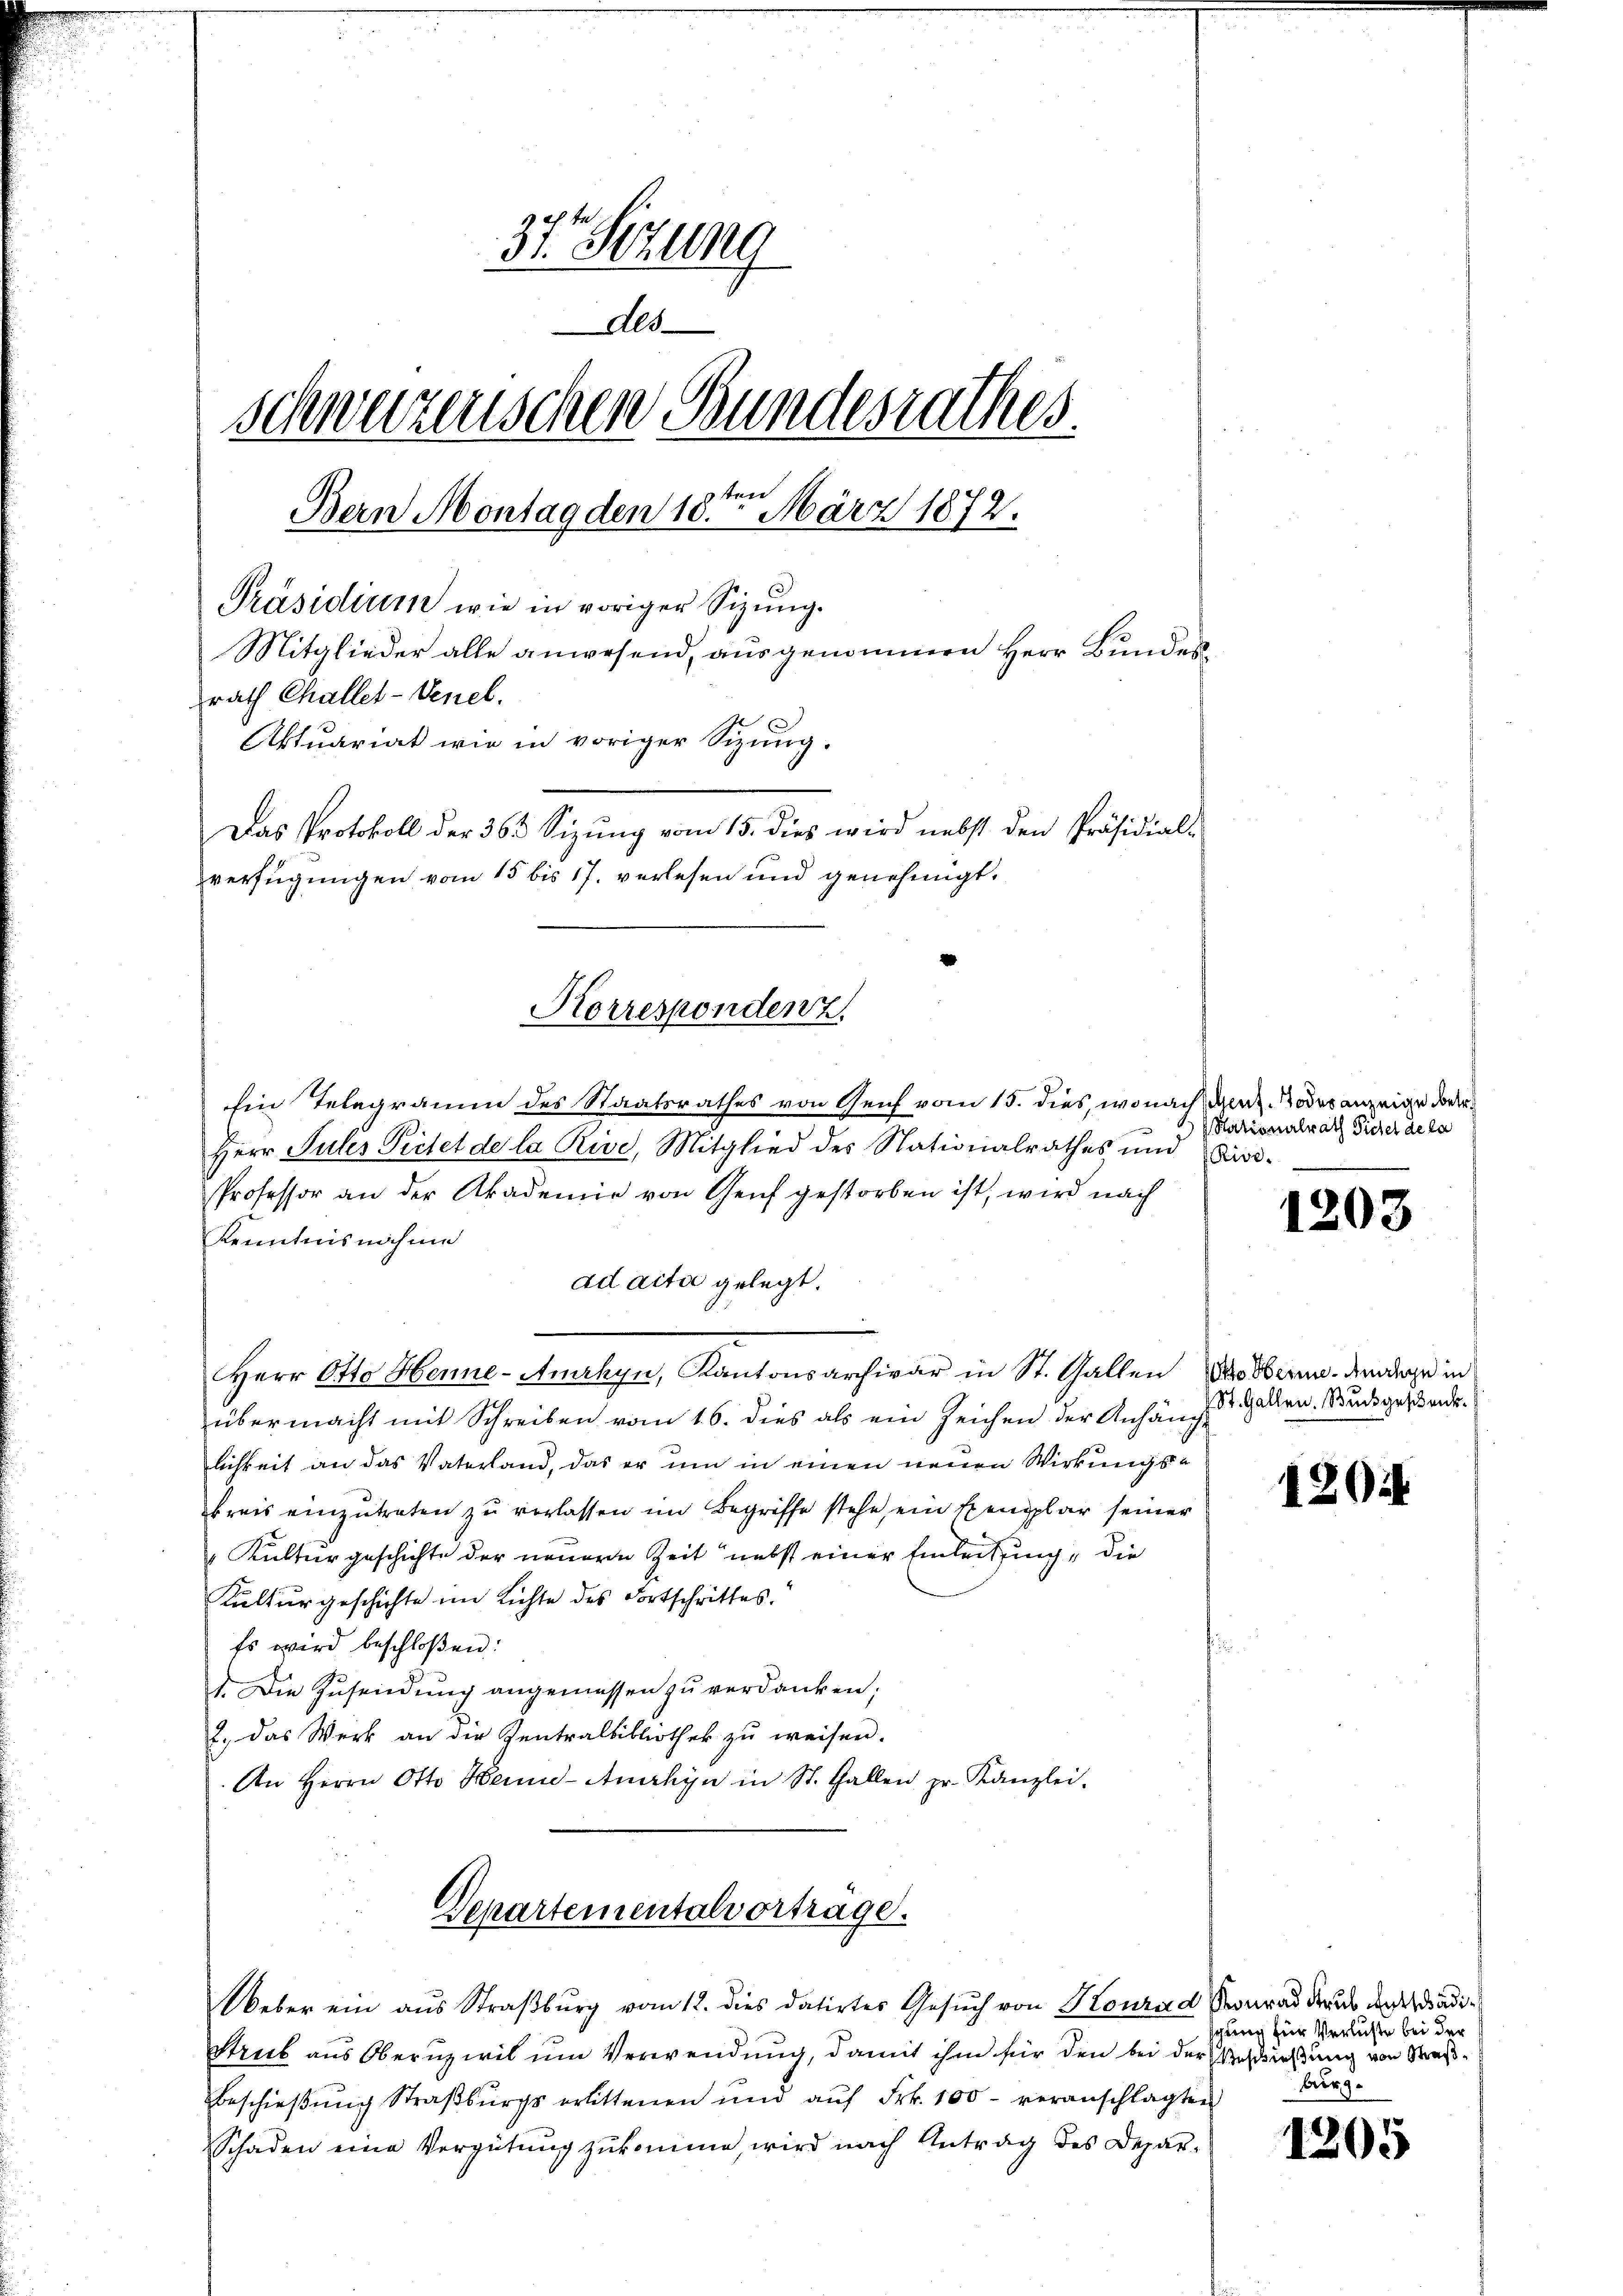
31te Sitzung
Als
schwurzenschen Bundesrathes.
ten
Bern Montag den 10. März 1872.
Präsidium wie in voriger Sitzung.
Mitglieder alle anwesend, ausgenommen Herr Bundesrath Challet-Venel.
Aktuariat wie in voriger Sizung.
Das Protokoll der 363 Sizŭng vom 15. dies wird nebst den Präsidial-
verfügungen vom 15 bis 17. verlesen und genehmigt.

Ein Telegramm des Staatsrathes von Genf vom 15. dies, wonach den Todesanzeige der
Herr Sules Pietet de la Rive, Mitglied des Nationalrathes und Dis¬
Professor an der Akademie von Genf gestorben ist, wird nach
Kenntnisnahme
ad acta gelegt.
Herr Otto Henne-Amrhyn, Kantonsarchivar in St. Gallen oberna. Andere in
übermacht mit Schreiben vom 16. dies als ein Zeichen der Anhänge
lichkeit an das Vaterland, das er um in einen neuen Wirkungskreis einzutreten zu verlassen im Begriffe stehe, ein Exemplar seiner
 Kulturgeschichte der neuern Zeit nebst einer Einleitung, die
Kulturgeschichte im Lichte des Fortschrittes.
Es wird beschloßen:
1. Die Zŭsendŭng angemessen zŭ verdanken;
2., das Werk an die Zentralbibliothek zu weisen.
An Herrn Otto Hein-Anhyn in St. Gallen pr. Kanzlei-
Separtementalvorträge.
Weber ein aus Straßburg vom 12. dies datirtes Gesuch von Konrad Konrad draus der radi¬
Strub aus Oberuzwil um Verwendung, damit ihm für den bei der Bestießung von Straß¬
Beschießung Straßburgs erlittenen und auf Frk. 100 - veranschlagten
Schaden eine Vergütung zukomme, wird nach Antrag des Depar-

Korrespondenz.

Stationalrath Sichel de la

1203

St. Gallen. Buch geschank¬

1204

schung für Verluste bei
burg.

1205